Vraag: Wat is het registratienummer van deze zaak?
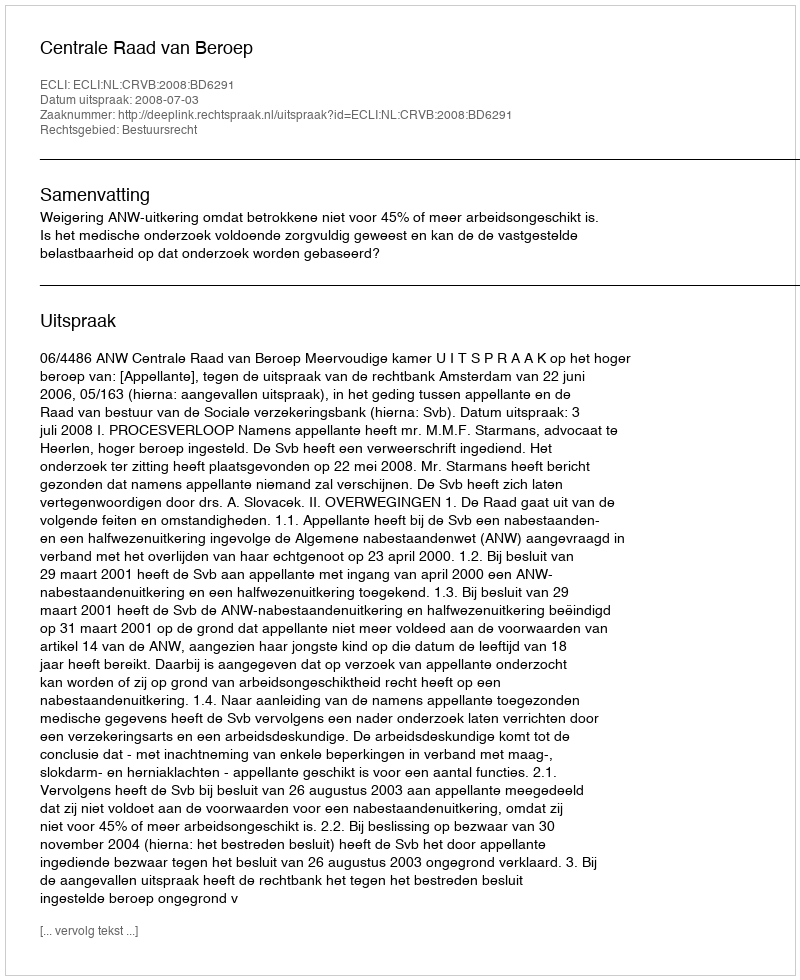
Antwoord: http://deeplink.rechtspraak.nl/uitspraak?id=ECLI:NL:CRVB:2008:BD6291